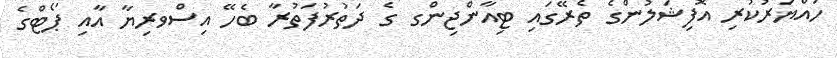
ހައްޔަރުކުރި އޮފިޝަލުންގެ ތެރޭގައި ޓިއާންޖިންގ ގެ ދަތުރުފަތުރާ ބެހޭ އިސްވރިޔާ އާއި ޕޯޓްގެ